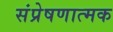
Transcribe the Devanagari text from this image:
संप्रेषणात्मक